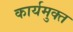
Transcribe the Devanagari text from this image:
कार्यमुक्‍त